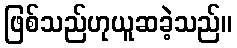
ဖြစ်သည်ဟုယူဆခဲ့သည်။